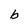
Character: b